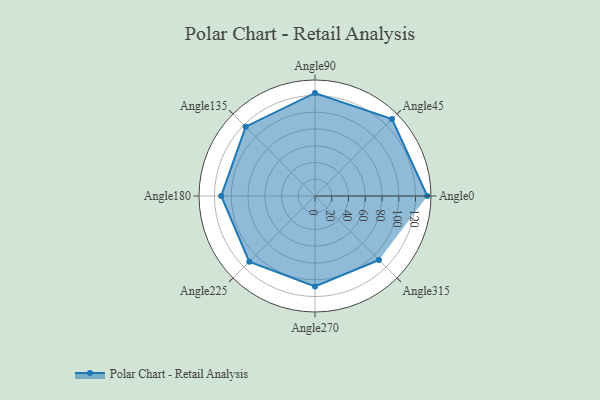
{"axis": {"x": "Angle", "y": "Radius"}, "legend": [""], "data": [{"x": "Angle0", "y": 134.0, "type": ""}, {"x": "Angle45", "y": 130.0, "type": ""}, {"x": "Angle90", "y": 123.0, "type": ""}, {"x": "Angle135", "y": 117.0, "type": ""}, {"x": "Angle180", "y": 112.0, "type": ""}, {"x": "Angle225", "y": 111.0, "type": ""}, {"x": "Angle270", "y": 108.0, "type": ""}, {"x": "Angle315", "y": 108.0, "type": ""}]}